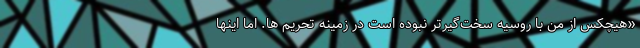
«هیچکس از من با روسیه سخت‌گیرتر نبوده است در زمینه تحریم ها. اما اینها